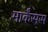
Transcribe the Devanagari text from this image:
मार्कंसस